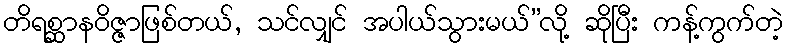
တိရစ္ဆာနဝိဇ္ဇာဖြစ်တယ်, သင်လျှင် အပါယ်သွားမယ်”လို့ ဆိုပြီး ကန့်ကွက်တဲ့